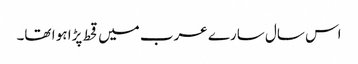
اس سال سارے عرب میں قحط پڑا ہو ا تھا۔